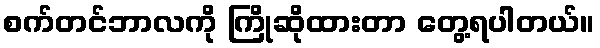
စက်တင်ဘာလကို ကြိုဆိုထားတာ တွေ့ရပါတယ်။